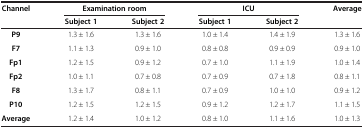
<table><thead><tr><td rowspan="2"><b>Channel</b></td><td colspan="2"><b>Examination room</b></td><td colspan="2"><b>ICU</b></td><td rowspan="2"><b>Average</b></td></tr><tr><td><b>Subject 1</b></td><td><b>Subject 2</b></td><td><b>Subject 1</b></td><td><b>Subject 2</b></td></tr></thead><tbody><tr><td><b>P9</b></td><td>1.3 ± 1.6</td><td>1.3 ± 1.6</td><td>1.0 ± 1.4</td><td>1.4 ± 1.9</td><td>1.3 ± 1.6</td></tr><tr><td><b>F7</b></td><td>1.1 ± 1.3</td><td>0.9 ± 1.0</td><td>0.8 ± 0.8</td><td>0.9 ± 0.9</td><td>0.9 ± 1.0</td></tr><tr><td><b>Fp1</b></td><td>1.2 ± 1.5</td><td>0.9 ± 1.2</td><td>0.7 ± 1.0</td><td>1.1 ± 1.9</td><td>1.0 ± 1.4</td></tr><tr><td><b>Fp2</b></td><td>1.0 ± 1.1</td><td>0.7 ± 0.8</td><td>0.7 ± 0.9</td><td>0.7 ± 1.8</td><td>0.8 ± 1.1</td></tr><tr><td><b>F8</b></td><td>1.3 ± 1.7</td><td>0.8 ± 1.1</td><td>0.7 ± 0.9</td><td>1.0 ± 1.0</td><td>0.9 ± 1.2</td></tr><tr><td><b>P10</b></td><td>1.2 ± 1.5</td><td>1.2 ± 1.5</td><td>0.9 ± 1.2</td><td>1.2 ± 1.7</td><td>1.1 ± 1.5</td></tr><tr><td><b>Average</b></td><td>1.2 ± 1.4</td><td>1.0 ± 1.2</td><td>0.8 ± 1.0</td><td>1.1 ± 1.6</td><td>1.0 ± 1.3</td></tr></tbody></table>